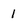
Character: 1